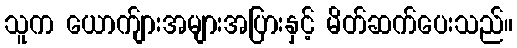
သူက ယောက်ျားအများအပြားနှင့် မိတ်ဆက်ပေးသည်။